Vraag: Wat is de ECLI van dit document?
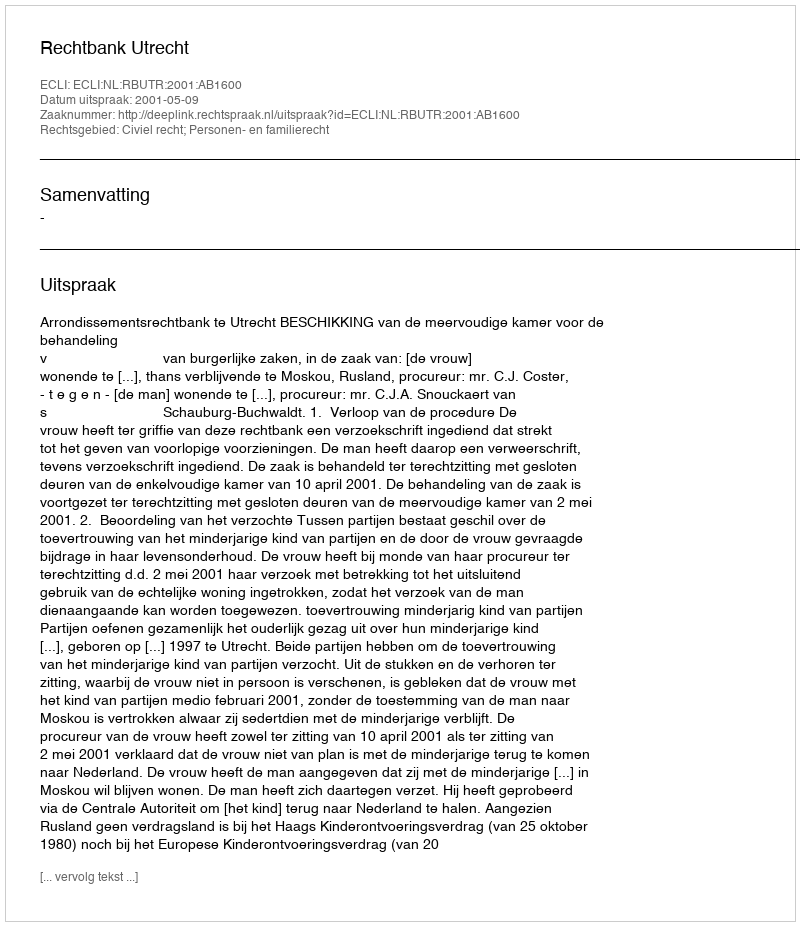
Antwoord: ECLI:NL:RBUTR:2001:AB1600